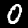
Digit: 0